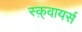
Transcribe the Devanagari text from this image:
स्क़्वायर्स